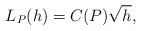
\begin{align*} \begin{aligned}L_P(h)=C(P)\sqrt{h}, \end{aligned} \end{align*}